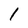
Character: 1